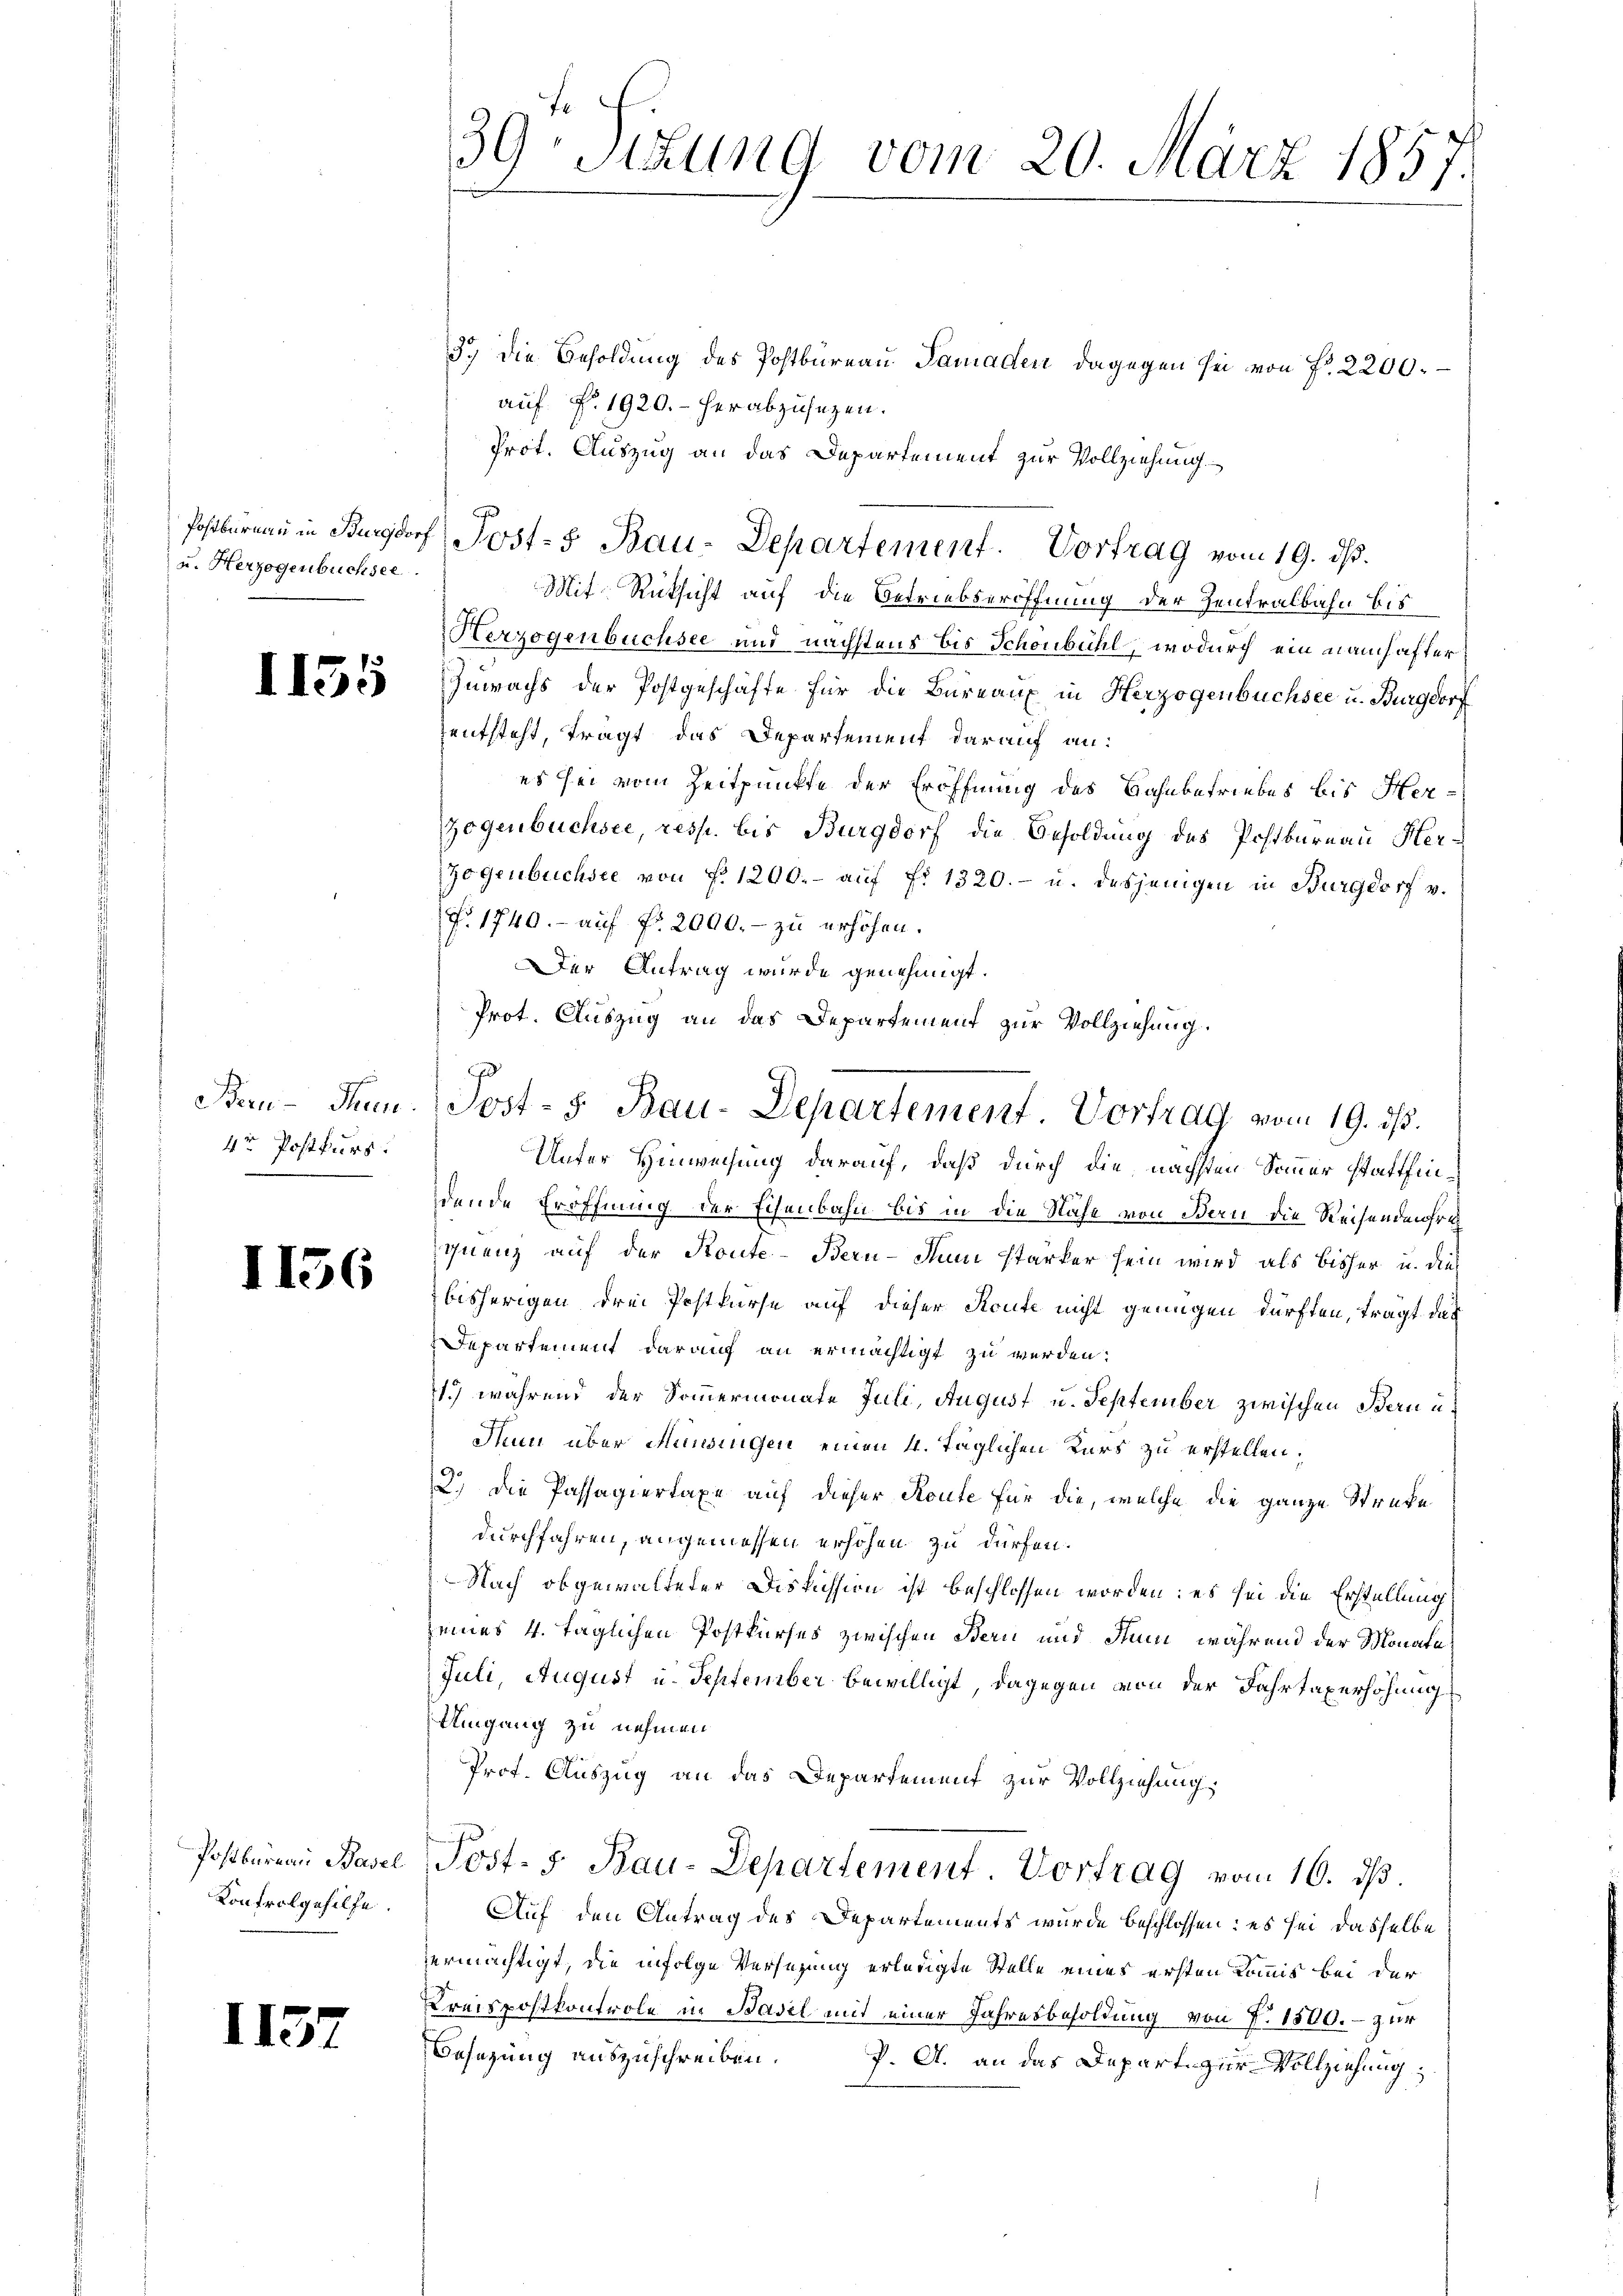
u. Herzogenbüchsee.

1

1155

Bern - Thun
4r Postkurs.

1136

Postbureau Basel
Kontrolgehilfe

1

39 Stzung vom 20. März 1857.

3.) Die Besoldung des Postbüreau Pamaden, dagegen sei von Fr. 2200. –
auf §. 1920.- herabzusetzen.
Prot. Auszug an das Departement zur Vollziehung
Mit Rücksicht auf die Betriebseröffnung der Zentralbahn bis
Herzogenbuchsee und nächstens bis Schönbühl, wodurch ein namhafter
Zuwachs der Postgeschäfte für die Büreaux in Herzogenbüchsee u. Burgdorf
entsteht, tragt, das Departement darauf an:
es sei vom Zeitpunkte der Eröffnung des Bahnbetriebes bis Herzogenbuchsee, resp. bis Burgdorf die Besoldung des Postbureau Her¬
Zogenbüchsee von P. 1200.- aŭf fr. 1320.- u. desjenigen in Burgdorf v.
F. 1740.- auf fr. 2000.- zu erhöhen.
Der Antrag wurde genehmigt.
g
Unter Hinweisung darauf, daß durch die nächsten Sommer stattfindende Eröffnung der Eisenbahn bis in die Nähe von Bern die Reisendmohres
quenz auf der Konte-Bern- Juni stärker sein wird als bisher u. dies
bisherigen drei Postkurse auf dieser Konte nicht genügen dürften, tragt das
Departement darauf an ermächtigt zu werden:
1) während der Sommermonate Juli, August u. September zwischen Bern u.
dnn über Mundingen einen 4. Täglichen Kurs zu erstellen,
2.) Die Passagiertaxe auf dieser Route für die, welche die ganze Streke
durchfahren, angemessen erhöhen zu dürfen.
Nach obgewalteter Diskission ist beschlossen worden: es sei die Erstellung
seines 4. täglichen Postkurses zwischen Bern und Stum, während der Monate
Juli, August u. September bewilligt, dagegen von der Fahrtaxerhöhung
Umgang zu nehmen
Prof. Auszug an das Departement zur Vollziehung
Post- 5. Bau-Departement. Vortrag vom 16. ds.
Auf den Antrag des Departements wurde beschlossen: es sei dasselbe
ermächtigt, die infolge Versetzung erlangte Stelle eines ersten Kommis bei der
Kreispostkontrole in Basel mit einer Jahresbesoldung von 7. 1500. - zur
Besetzung auszuschreiben. P. A. an das Depart zur Vollziehung,

Postbüreaŭ in Burgdorf Post- Bau-Departement. Vortrag vom 19. ds.

Prot. Auszug an das Departement zur Vollziehung.
Jost - 5. Bau-Departement. Vortrag vom 19. ds.